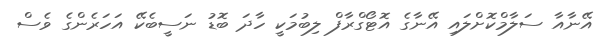
އޭނާއާ ސަލާމްކޮށްލައި އޭނާގެ އޮޓޯގްރާފް ލިބުމަކީ ހާދަ ބޮޑު ނަސީބެކޭ އަހަރެންގެ ވެސް